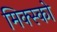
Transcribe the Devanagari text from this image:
मिक्स्को